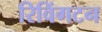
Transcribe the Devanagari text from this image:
रिविंगटन